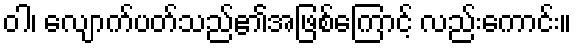
ဝါ၊ လျောက်ပတ်သည်၏အဖြစ်ကြောင့် လည်းကောင်း။